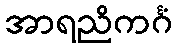
အာရညိကင်္ဂံ